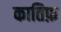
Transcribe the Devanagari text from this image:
कातिफ़